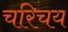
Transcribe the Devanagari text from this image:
चरिचय